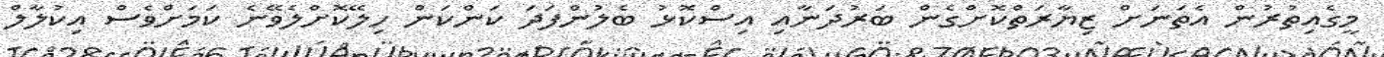
މީގެއިތުރުން އެތަނަށް ޒިޔާރަތްކޮށްގެން ބަރުދަނާއި އިސްކޮޅު ބެލުންފަދަ ކަންކަން ހިލޭކޮށްލެވޭނެ ކަމަށްވެސް އިކުލާލް